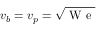
v _ { b } = v _ { p } = \sqrt { \mathrm { ~ W ~ e ~ } }